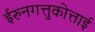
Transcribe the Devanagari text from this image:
ईरुनगत्तुकोत्ताई